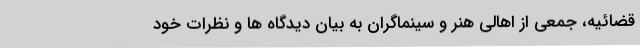
قضائیه، جمعی از اهالی هنر و سینماگران به بیان دیدگاه ها و نظرات خود